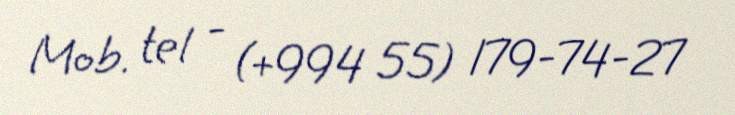
Mob. tel - (+994 55) 179-74-27